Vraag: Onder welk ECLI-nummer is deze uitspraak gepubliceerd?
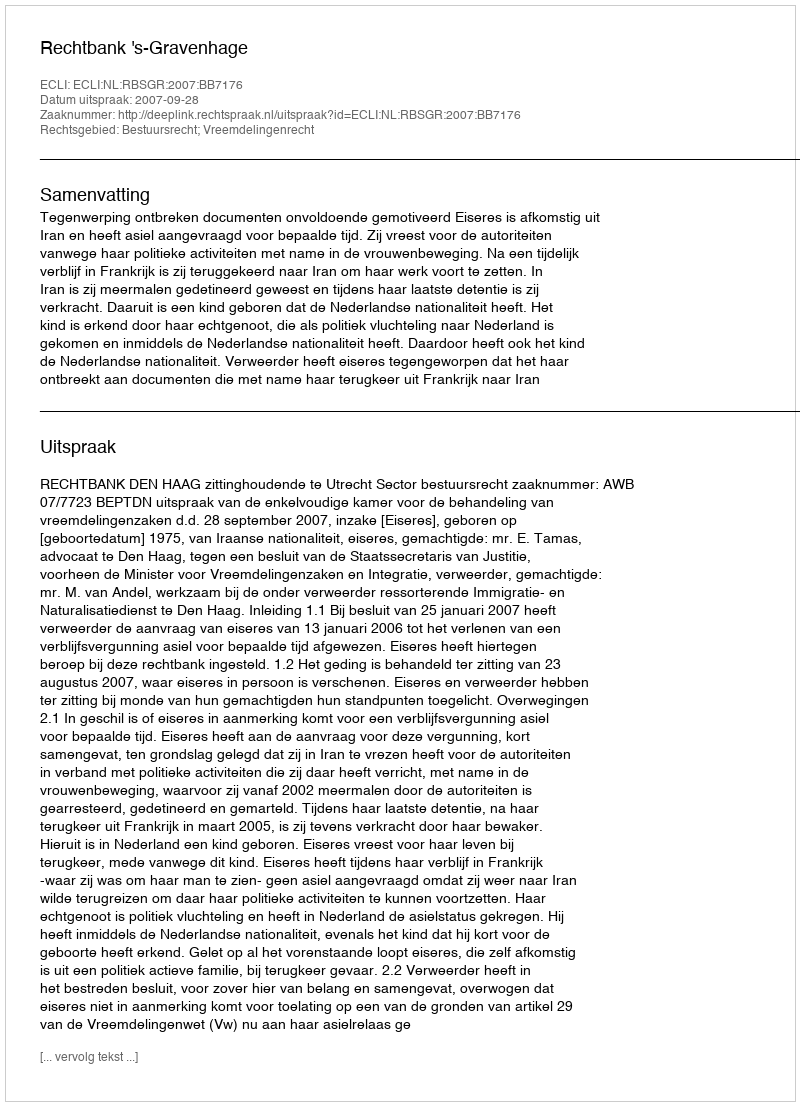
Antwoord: ECLI:NL:RBSGR:2007:BB7176